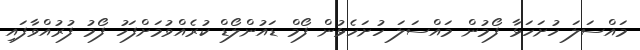
މައްސަލަ ހުށަހަޅާ ފޯމުން މައްސަލަ ހުށަހެޅުން ފޯމް ޑައުންލޯޑް ކުރެއްވުމަށްފަހު ފޯމު ފުރުއްވާފައި